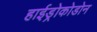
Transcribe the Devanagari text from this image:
हाईड्रोकोडोन